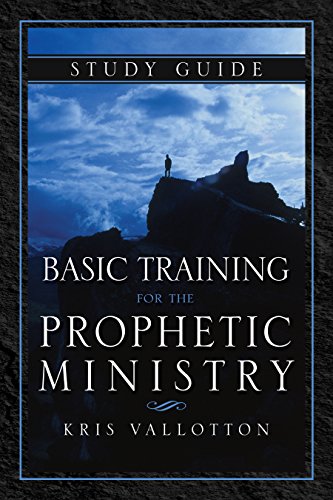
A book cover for Basic Training for the Prophetic Ministry Study Guide; Kris Vallotton; Christian Books & Bibles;